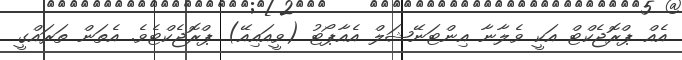
އެއް ޕްރޮޖެކްޓް އަކީ ވެލާނާ އިންޓަނޭޝަލް އެއާޕޯޓު (ވީއައިއޭ) ޕްރޮޖެކްޓެވެ. އެތަން ތަރައްގީ